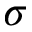
\sigma